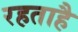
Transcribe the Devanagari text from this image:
रहताहै